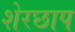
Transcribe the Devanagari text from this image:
शेरछाप